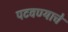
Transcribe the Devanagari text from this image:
पटवण्याचे